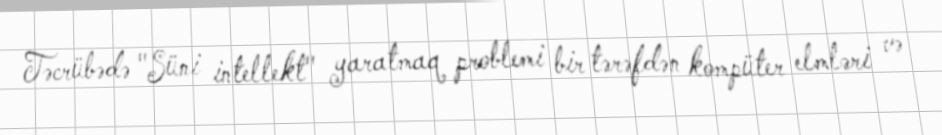
Təcrübədə "Süni intellekt" yaratmaq problemi bir tərəfdən kompüter elmləri və